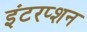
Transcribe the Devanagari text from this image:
इंटरप्शन